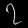
Digit: ၇